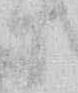
共